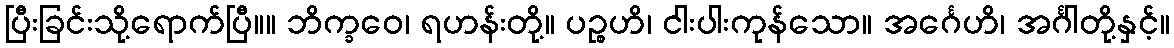
ပြီးခြင်းသို့ရောက်ပြီ။။ ဘိက္ခဝေ၊ ရဟန်းတို့။ ပဉ္စဟိ၊ ငါးပါးကုန်သော။ အင်္ဂေဟိ၊ အင်္ဂါတို့နှင့်။